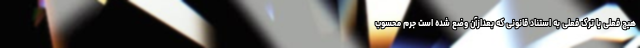
هیچ فعلی یا ترک فعلی به استناد قانونی که بعدازآن وضع شده است جرم محسوب